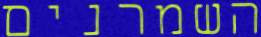
השמרנים